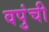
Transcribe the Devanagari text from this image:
वपुंची